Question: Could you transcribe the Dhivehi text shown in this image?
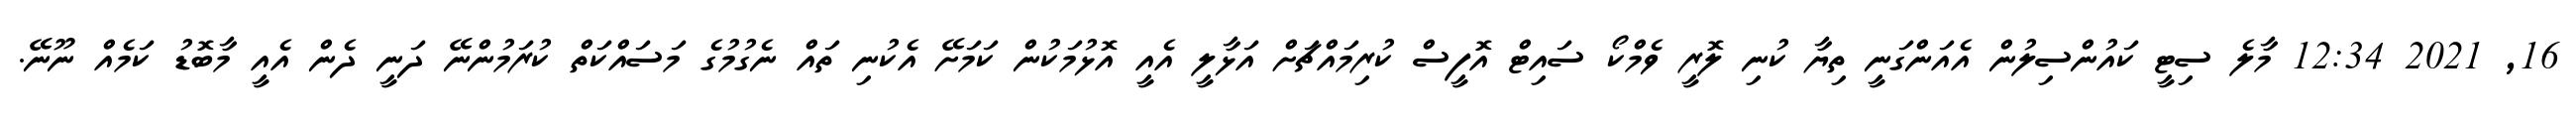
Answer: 16, 2021 12:34 މާލެ ސިޓީ ކައުންސިލުން އެއަންގަނީ ތިޔާ ކުނި ލޮރީ ވެމްކޯ ސައިޓް އޮފީސް ކުރިމައްޗަށް އަޅާލީ އެއީ އޮޅުމަކުން ކަމަށޭ އެކުނި ތައް ނެގުމުގެ މަސައްކަތް ކުރަމުންނޭ ދަނީ ދެން އެއީ މާބޮޑު ކަމެއް ނޫނޭ.